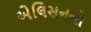
એલિસનનો